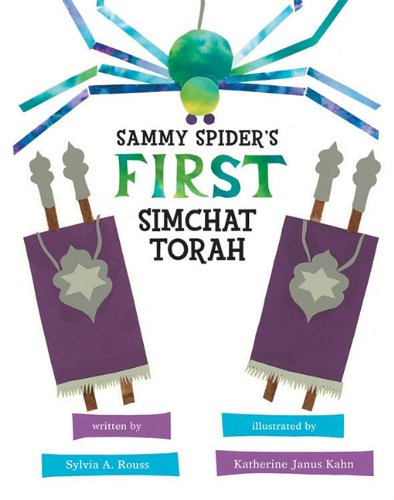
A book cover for Sammy Spider's First Simchat Torah (Sammy Spider's First Books); Sylvia A. Rouss; Children's Books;